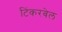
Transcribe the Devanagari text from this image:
टिंकरबेल